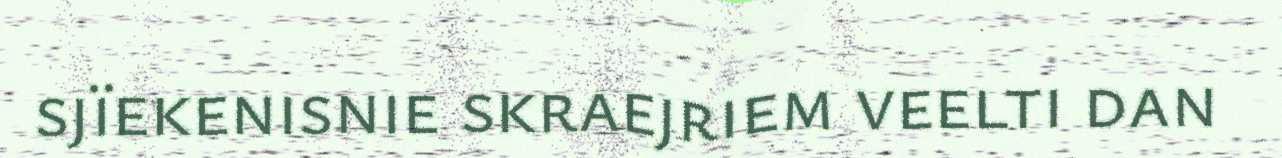
sjïekenisnie skraejriem veelti dan